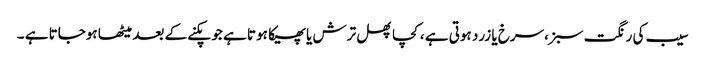
سیب کی رنگت سبز،سرخ یا زرد ہوتی ہے ،کچا پھل ترش یا پھیکا ہوتا ہے جو پکنے کے بعد میٹھا ہوجاتا ہے ۔